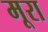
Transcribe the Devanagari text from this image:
मूरा